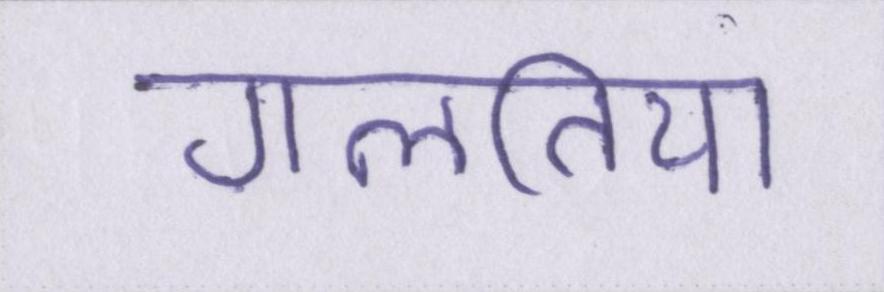
गलतिया